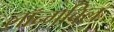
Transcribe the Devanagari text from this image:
लॉन्गबिल